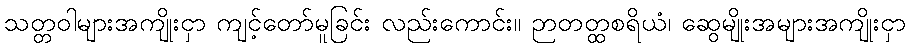
သတ္တဝါများအကျိုးငှာ ကျင့်တော်မူခြင်း လည်းကောင်း။ ဉာတတ္ထစရိယံ၊ ဆွေမျိုးအများအကျိုးငှာ